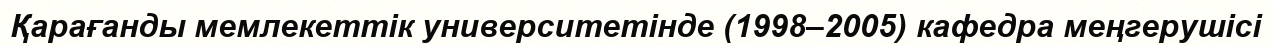
Қарағанды мемлекеттік университетінде (1998–2005) кафедра меңгерушісі